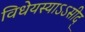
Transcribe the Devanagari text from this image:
विधेयस्याऽऽसीद्